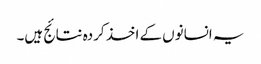
یہ انسانوں کے اخذ کردہ نتائج ہیں۔